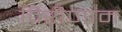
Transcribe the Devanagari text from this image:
पिरीणाम